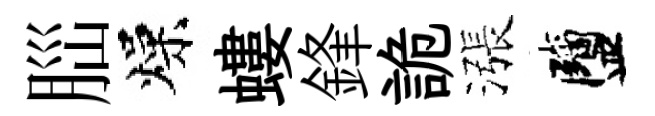
𦛁燥螻鋒詭漲鹽